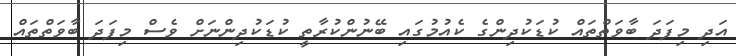
އަދި މިފަދަ ބާވަތްތައް ކުޑަކުދިންގެ ކެއުމުގައި ބޭނުންކުރާތީ ކުޑަކުދިންނަށް ވެސް މިފަދަ ބާވަތްތައް